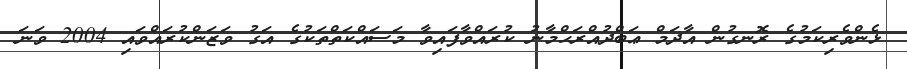
ޅެންވެރިކަމުގެ ރޮނގުން އާދަމް ޢަބްދުއްރަޙްމާނު ކުރައްވާފައިވާ މަސައްކަތްތަކުގެ އަގު ވަޒަންކުރައްވައި 2004 ވަނަ